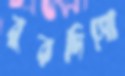
বুরদিসো